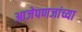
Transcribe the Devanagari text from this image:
आजेपणजांच्या